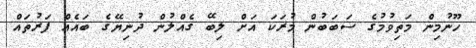
ހޫނުމިން މަތިވުމުގެ ސަބަބުން މުރަކަ އަށް ލިބޭ ގެއްލުން ދުނިޔޭގެ ބައެއް ފަރުތައް